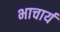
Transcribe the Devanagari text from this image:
भाचार्य